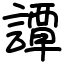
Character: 譚